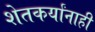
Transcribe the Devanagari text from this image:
शेतकर्यांनाही